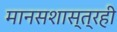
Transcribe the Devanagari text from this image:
मानसशास्त्रही